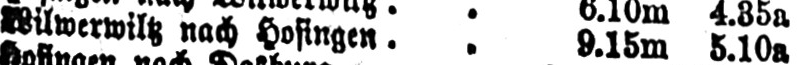
Wilwerwiltz nach Hosingen .. 9.15m 5.10a